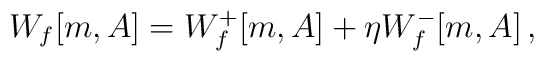
W_f[m,A]= W_f^+[m,A]+\eta W_f^-[m,A]\,,